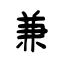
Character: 兼